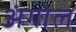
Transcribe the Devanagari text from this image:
अंगोल